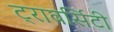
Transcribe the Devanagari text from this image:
ट्रावर्सिटी